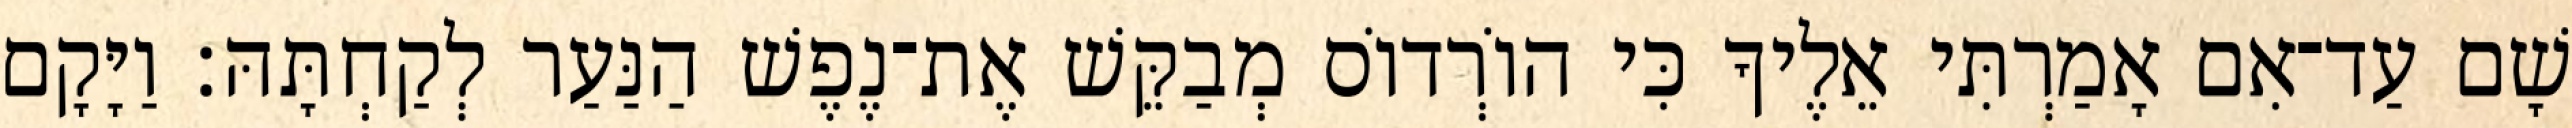
שָׁם עַד־אִם אָמַרְתִּי אֵלֶיךָ כִּי הוֹרְדוֹס מְבַקֵּשׁ אֶת־נֶפֶשׁ הַנַּעַר לְקַחְתָּהּ׃ וַיָּקָם